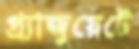
গ্র্যাজুয়েটে